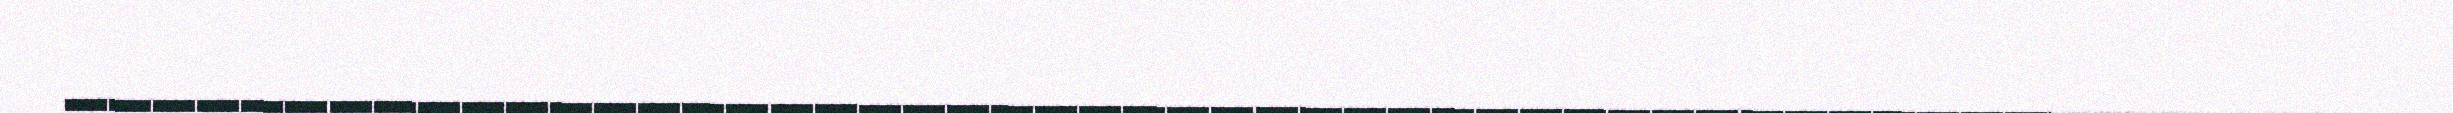
_____________________________________________________